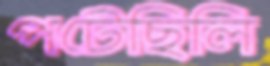
পটেছিলি